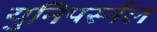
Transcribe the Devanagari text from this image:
युनिपर्स्नल